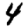
Digit: 4